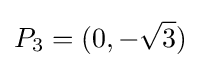
P_{3}=(0,-{\sqrt {3}})